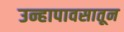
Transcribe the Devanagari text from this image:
उन्हापावसातून